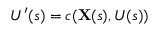
U ^ { \prime } ( s ) = c ( \mathbf { X } ( s ) , U ( s ) )